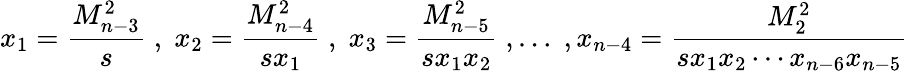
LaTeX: x_{1}=\frac{M_{n-3}^{2}}{s}\; ,\; x_{2}=\frac{M_{n-4}^{2}}{sx_{1}}\; ,\; x_{3}=\frac{M_{n-5}^{2}}{sx_{1}x_{2}}\; ,\ldots\; ,x_{n-4}=\frac{M_{2}^{2}}{sx_{1}x_{2}\cdots x_{n-6}x_{n-5}}